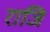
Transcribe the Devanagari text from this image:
राजि